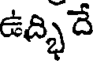
ఉద్భిదే